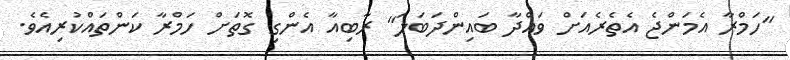
"ހަމްރާ އެމަންޖެ އެތެރެއަށް ވައްދާ ބައިންދަބަލަ" ރާބިއާ އެންގި ގޮތަށް ހަމްރާ ކަންތައްކުރިއެވެ.